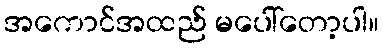
အကောင်အထည် မပေါ်တော့ပါ။